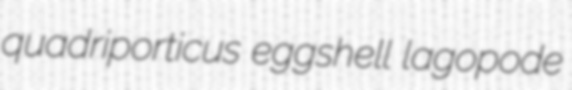
quadriporticus eggshell lagopode